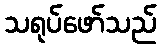
သရုပ်ဖော်သည်